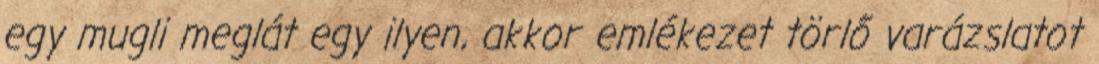
egy mugli meglát egy ilyen, akkor emlékezet törlő varázslatot